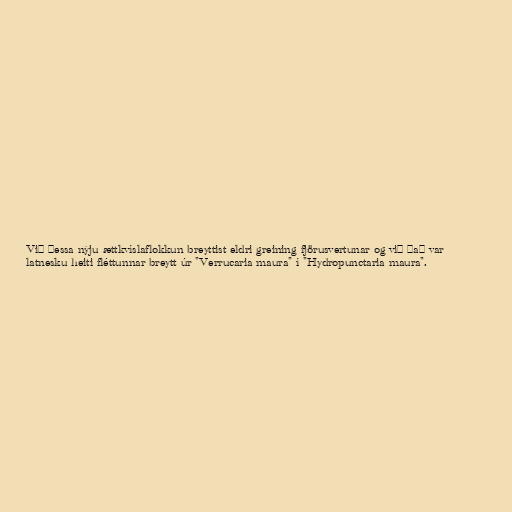
Við þessa nýju ættkvíslaflokkun breyttist eldri greining fjörusvertunar og við það var
latnesku heiti fléttunnar breytt úr "Verrucaria maura" í "Hydropunctaria maura".